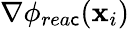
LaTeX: \nabla\phi_{rea\mathsf{c}}(\mathbf{{x}}_{i})